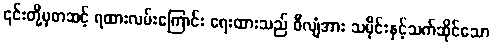
၎င်းတို့မှတဆင့် ရထားလမ်းကြောင်း ရေးထားသည် ဝီလျံအား သမိုင်းနှင့်သက်ဆိုင်သော